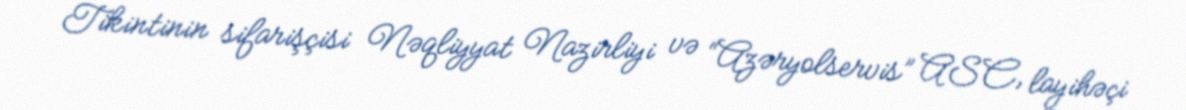
Tikintinin sifarişçisi Nəqliyyat Nazirliyi və “Azəryolservis” ASC, layihəçi